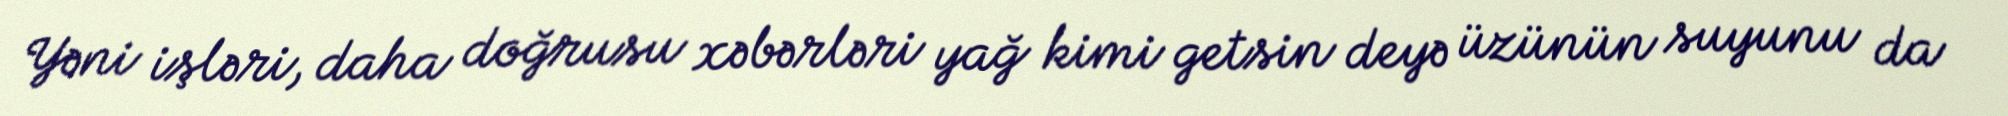
Yəni işləri, daha doğrusu xəbərləri yağ kimi getsin deyə üzünün suyunu da